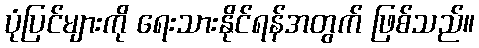
ပုံပြင်များကို ရေးသားနိုင်ရန်အတွက် ဖြစ်သည်။